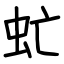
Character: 虻